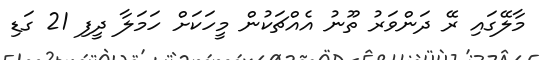
މާލޭގައި ރޭ ދަންވަރު ތޫނު އެއްޗަކުން މީހަކަށް ހަމަލާ ދީފި 21 ގަޑި